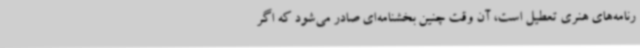
رنامه‌های هنری تعطیل است، آن وقت چنین بخشنامه‌ای صادر می‌شود که اگر